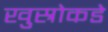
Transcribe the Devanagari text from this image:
खुस्रोकडे